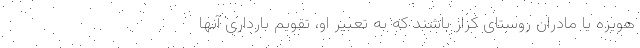
هویزه یا مادران روستای کزاز باشند که به تعبیر او، تقویم بارداری آنها